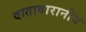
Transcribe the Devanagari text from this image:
वातावारानीय